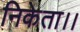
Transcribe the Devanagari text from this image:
निकेता।।